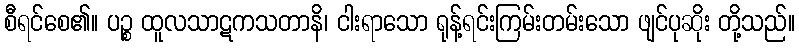
စီရင်စေ၏။ ပဉ္စ ထူလသာဋကသတာနိ၊ ငါးရာသော ရုန့်ရင်းကြမ်းတမ်းသော ဖျင်ပုဆိုး တို့သည်။